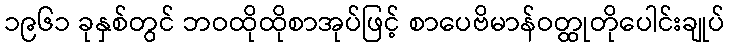
၁၉၆၁ ခုနှစ်တွင် ဘဝထိုထိုစာအုပ်ဖြင့် စာပေဗိမာန်ဝတ္ထုတိုပေါင်းချုပ်